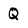
Character: Q